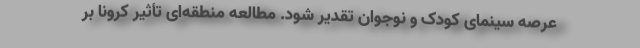
عرصه سینمای کودک و نوجوان تقدیر شود. مطالعه منطقه‌ای تأثیر کرونا بر